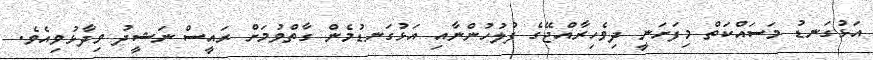
އަޅުގަނޑު މަސައްކަތް މިފަށަނީ ދިވެހިރާއްޖޭގެ ފުލުހުންނާއި އަޅުގަނޑުމެން ގާތްވުމަށް ރައީސް ނަޝީދު ވިދާޅުވިއެވެ.